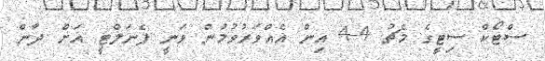
ސްޓޯކް ސިޓީގެ މެޗު 4-4 އިން އެއްވަރުވުމުން ވަނީ ޕެނަލްޓީ އަށް ދާން